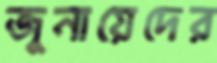
জুনায়েদের